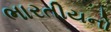
ભારતીયનો